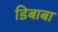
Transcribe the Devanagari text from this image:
डिबाबा